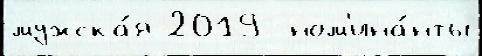
мужска́я 2019  ном'ина́нты